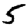
Digit: 5